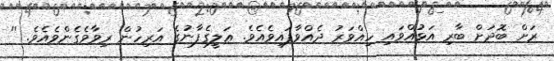
ރަށް ބޮދަށް ބާރި އަޅުއްވައި ހިއްވަރު ދެއްވާފައިވެއެވެ. ޢަލީގެފާނުގެ އަރިހުން ރިވާވެގެންވެއެވެ. ''